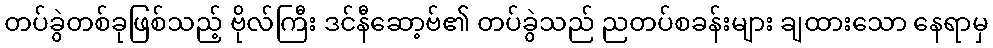
တပ်ခွဲတစ်ခုဖြစ်သည့် ဗိုလ်ကြီး ဒင်နီဆော့ဗ်၏ တပ်ခွဲသည် ညတပ်စခန်းများ ချထားသော နေရာမှ